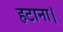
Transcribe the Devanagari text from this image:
हटाना।